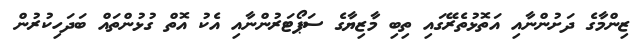
ޒިންމާގެ ދަށުންނާއި އަތޮޅުތެރޭގައި ތިބި މާޒިޔާގެ ސަޕޯޓަރުންނާއި އެކު އޮތް ގުޅުންތައް ބަދަހިކުރުން